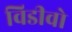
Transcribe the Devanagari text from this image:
विडीवो